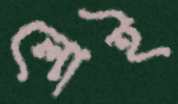
লোই